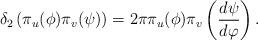
LaTeX: \begin{align*}\delta_2 \left(\pi_u(\phi) \pi_v(\psi)\right) = 2\pi \pi_u(\phi)\pi_v\left(\frac{d\psi}{d\varphi}\right).\end{align*}